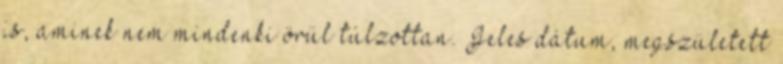
is, aminek nem mindenki örül túlzottan. Jeles dátum, megszületett